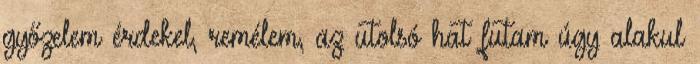
győzelem érdekel, remélem, az utolsó hat futam úgy alakul